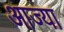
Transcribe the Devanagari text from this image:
आज्या